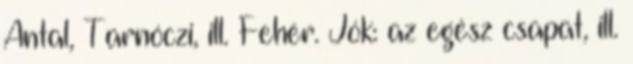
Antal, Tarnóczi, ill. Fehér. Jók: az egész csapat, ill.